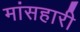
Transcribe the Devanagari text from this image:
मांसहारी